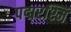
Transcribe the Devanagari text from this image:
पद्मरश्मि